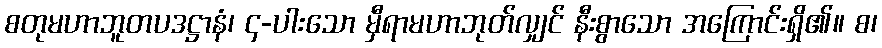
စတုမဟာဘူတပဒဋ္ဌာနံ၊ ၄-ပါးသော မှီရာမဟာဘုတ်လျှင် နီးစွာသော အကြောင်းရှိ၏။ စ၊